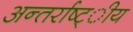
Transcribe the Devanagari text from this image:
अन्तर्राष्ट्ीय